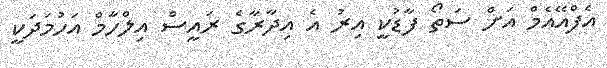
އެފްއޭއެމް އަށް ސަތޯ ފާޑުކީ އިރު އެ އިދާރާގެ ރައީސް އިލްހާމް އަހުމަދަކީ